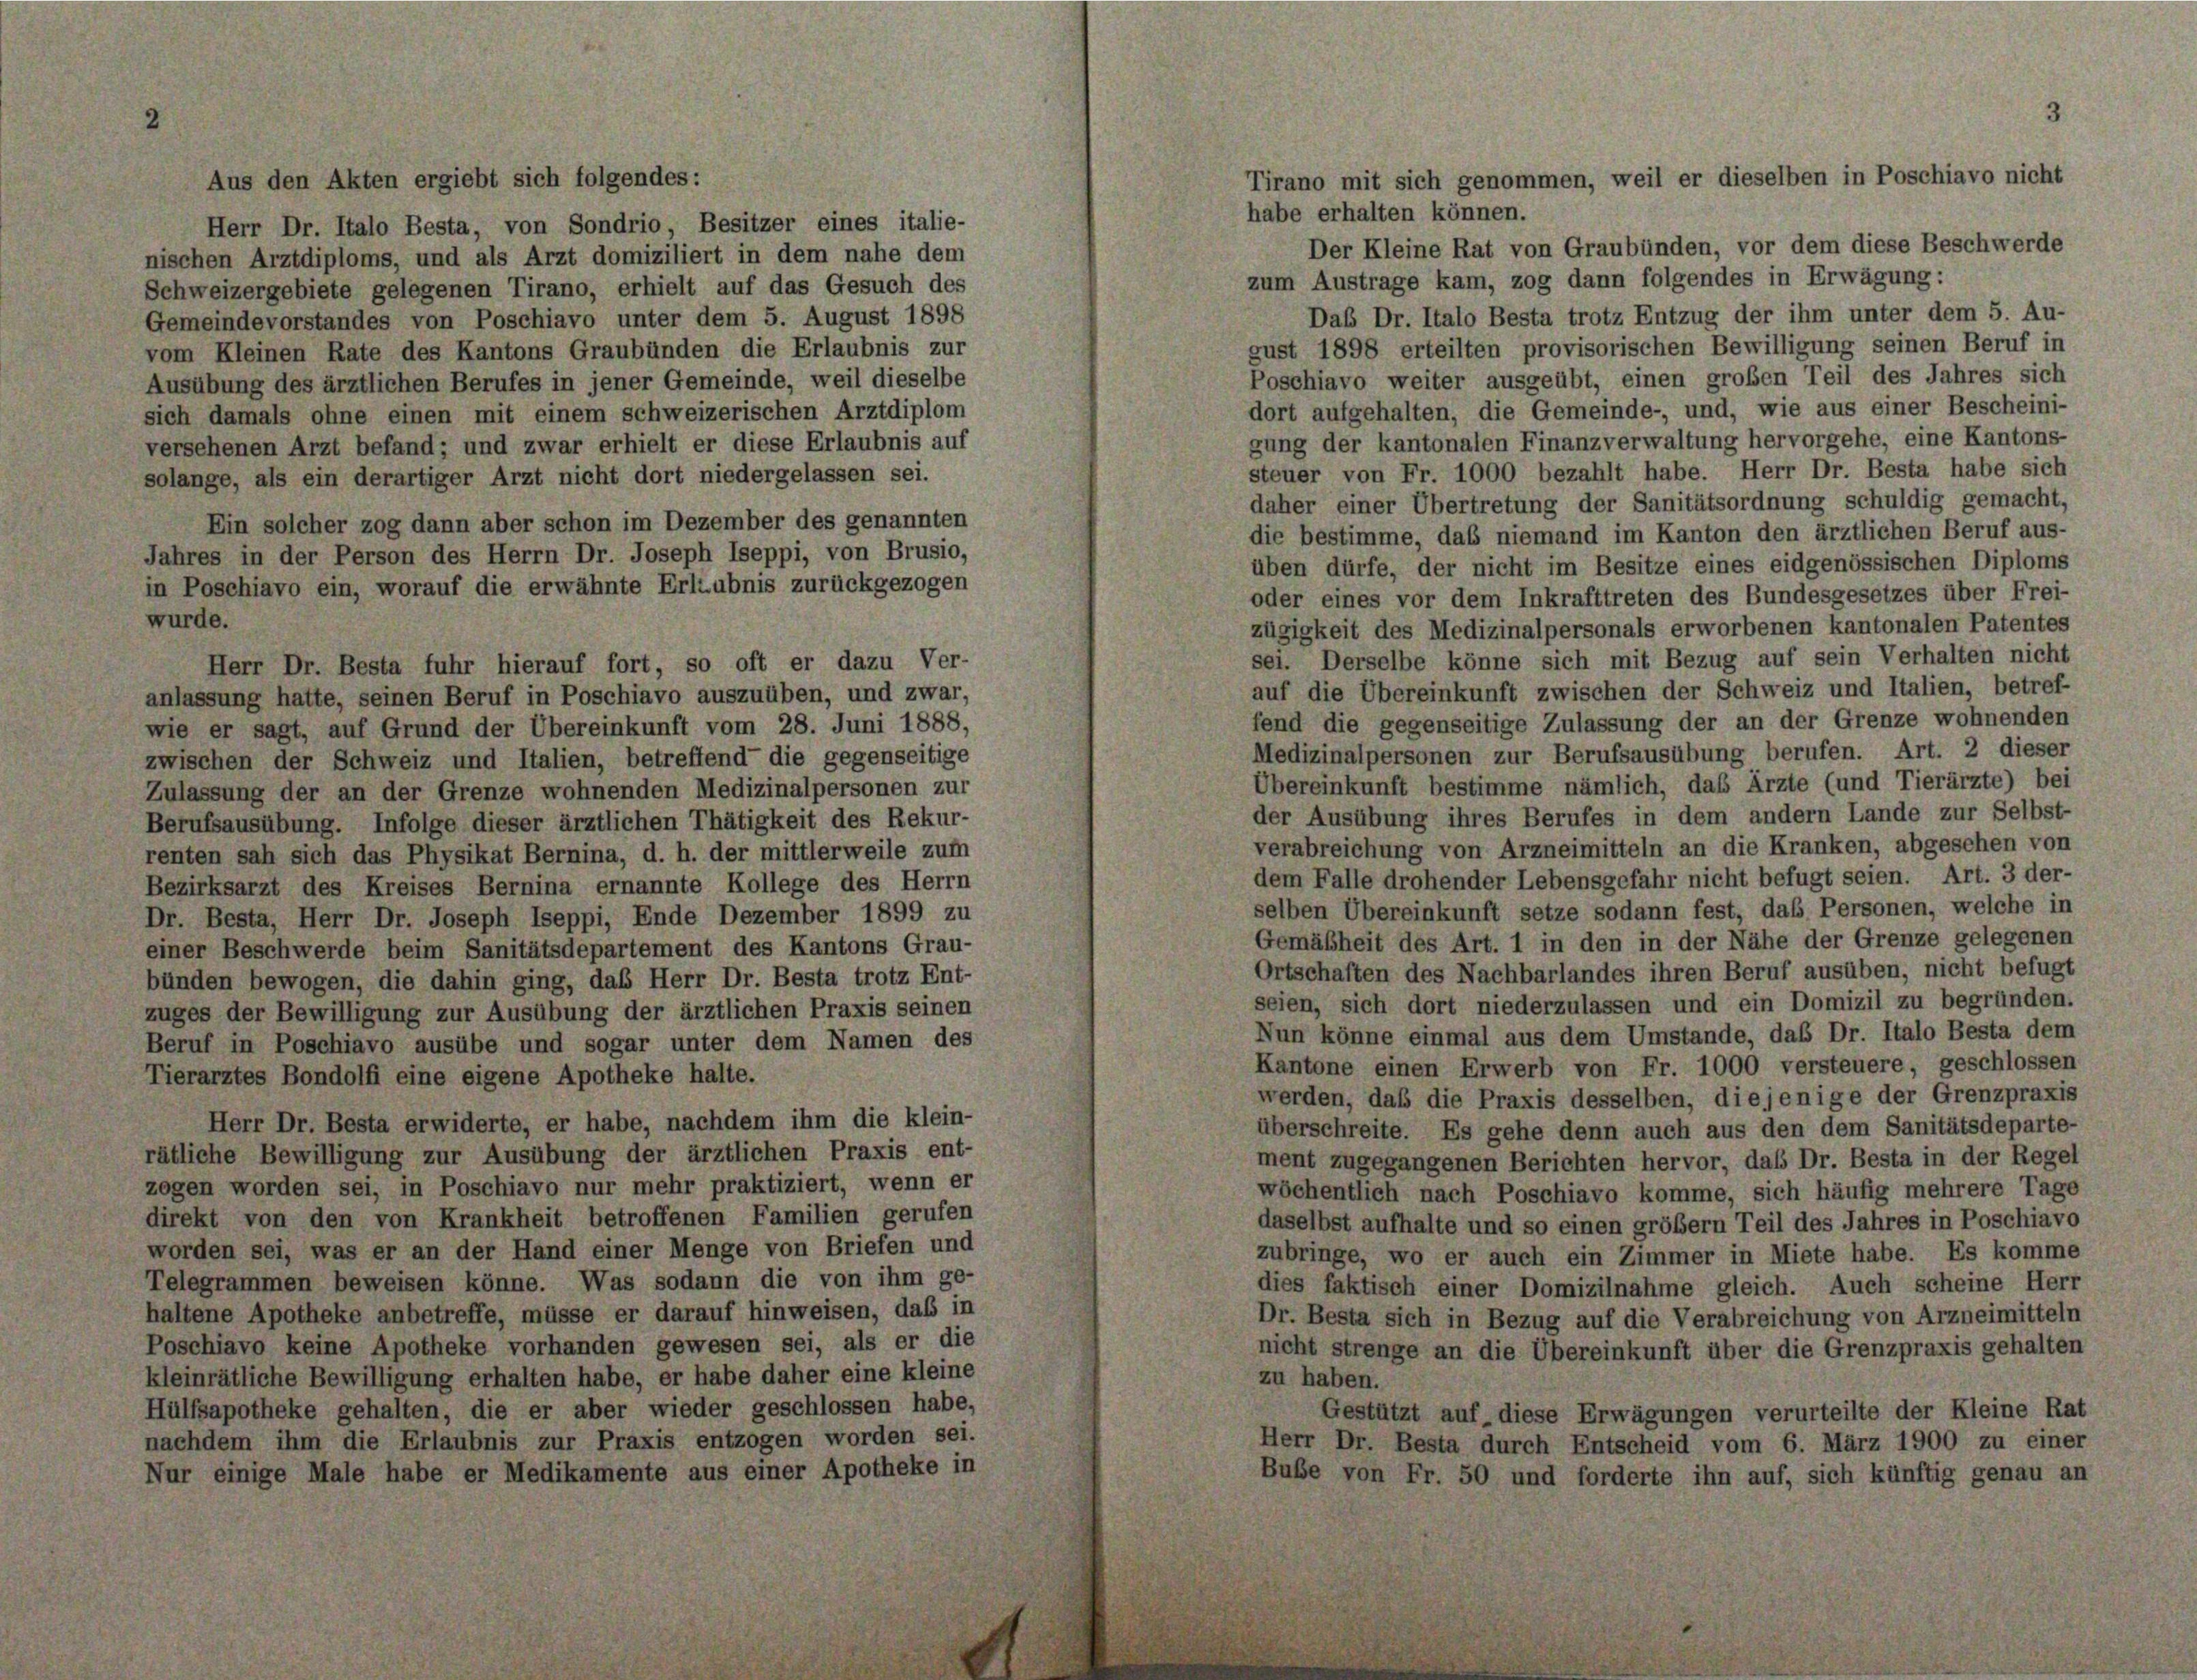
Aus den Akten ergiebt sich folgendes:
habe erhalten können.
Herr Dr. Italo Besta, von Sondrio Besitzer eines italie-
Der Kleine Rat von Graubünden, vor dem diese Beschwerde
nischen Arztdiploms, und als Arzt domiziliert in dem nahe dem
zum Austrage kam, zog dann folgendes in Erwägung:
Schweizergebiete gelegenen Tirano, erhielt auf das Gesuch des
Daß Dr. Italo Besta trotz Entzug der ihm unter dem 5. Au-
Gemeindevorstandes von Poschiavo unter dem 5. August 1898
gust 1898 erteilten provisorischen Bewilligung seinen Beruf in
vom Kleinen Rate des Kantons Graubünden die Erlaubnis zur
Poschiavo weiter ausgeübt, einen großen Teil des Jahres sich
Ausübung des ärztlichen Berufes in jener Gemeinde, weil dieselbe
dort aufgehalten, die Gemeinde-, und, wie aus einer Bescheini-
sich damals ohne einen mit einem schweizerischen Arztdiplom
gung der kantonalen Finanzverwaltung hervorgehe, eine Kantons-
versehenen Arzt befand; und zwar erhielt er diese Erlaubnis auf
steuer von Fr. 1000 bezahlt habe. Herr Dr. Besta habe sich
solange, als ein derartiger Arzt nicht dort niedergelassen sei.
daher einer Übertretung der Sanitätsordnung schuldig gemacht,
Ein solcher zog dann aber schon im Dezember des genannten
die bestimme, daß niemand im Kanton den ärztlichen Beruf aus-
Jahres in der Person des Herrn Dr. Joseph Iseppi, von Brusio,
üben dürfe, der nicht im Besitze eines eidgenössischen Diploms
in Poschiavo ein, worauf die erwähnte Erlaubnis zurückgezogen
oder eines vor dem Inkrafttreten des Bundesgesetzes über Frei-
wurde.
zügigkeit des Medizinalpersonals erworbenen kantonalen Patentes
sei. Derselbe könne sich mit Bezug auf sein Verhalten nicht
Herr Dr. Besta fuhr hierauf fort, so oft er dazu Ver-
auf die Übereinkunft zwischen der Schweiz und Italien, betref-
anlassung hatte, seinen Beruf in Poschiavo auszuüben, und zwar,
fend die gegenseitige Zulassung der an der Grenze wohnenden
wie er sagt, auf Grund der Übereinkunft vom 28. Juni 1888.
Medizinalpersonen zur Berufsausübung berufen. Art. 2 dieser
zwischen der Schweiz und Italien, betreffend die gegenseitige
Übereinkunft bestimme nämlich, das Ärzte (und Tierärzte) bei
Zulassung der an der Grenze wohnenden Medizinalpersonen zur
der Ausübung ihres Berufes in dem andern Lande zur Selbst-
Berufsausübung. Infolge dieser ärztlichen Thätigkeit des Rekur-
verabreichung von Arzneimitteln an die Kranken, abgesehen von
renten sah sich das Physikat Bernina, d. h. der mittlerweile zum
dem Falle drohender Lebensgefahr nicht befugt seien. Art. 3 der-
Bezirksarzt des Kreises Bernina ernannte Kollege des Herrn
selben Übereinkunft setze sodann fest, das Personen, welche in
Dr. Besta, Herr Dr. Joseph Iseppi, Ende Dezember 1899 zu
Gemäßheit des Art. 1 in den in der Nähe der Grenze gelegenen
einer Beschwerde beim Sanitätsdepartement des Kantons Grau-
Ortschaften des Nachbarlandes ihren Beruf ausüben, nicht befugt
bünden bewogen, die dahin ging, das Herr Dr. Besta trotz Ent-
seien, sich dort niederzulassen und ein Domizil zu begründen.
zuges der Bewilligung zur Ausübung der ärztlichen Praxis seinen
Nun könne einmal aus dem Umstände, das Dr. Italo Besta dem
Beruf in Poschiavo ausübe und sogar unter dem Namen des
Kantone einen Erwerb von Fr. 1000 versteuere, geschlossen
Tierarztes Bondolfi eine eigene Apotheke halte.
werden, daß die Praxis desselben, diejenige der Grenzpraxis
Herr Dr. Besta erwiderte, er habe, nachdem ihm die klein-
überschreite. Es gehe denn auch aus den dem Sanitätsdeparte-
rätliche Bewilligung zur Ausübung der ärztlichen Praxis ent-
ment zugegangenen Berichten hervor, daß Dr. Besta in der Regel
zogen worden sei, in Poschiavo nur mehr praktiziert, wenn er
wöchentlich nach Poschiavo komme, sich häufig mehrere Tage
direkt von den von Krankheit betroffenen Familien gerufen
daselbst aufhalte und so einen größer Teil des Jahres in Poschiavo
worden sei, was er an der Hand einer Menge von Briefen und
zubringe, wo er auch ein Zimmer in Miete habe. Es komme
Telegrammen beweisen könne. Was sodann die von ihm ge-
dies faktisch einer Domizilnahme gleich. Auch scheine Herr
haltene Apotheke anbetreffe, müsse er darauf hinweisen, daß in
Dr. Besta sich in Bezug auf die Verabreichung von Arzneimitteln
Poschiavo keine Apotheke vorhanden gewesen sei, als er die
nicht strenge an die Übereinkunft über die Grenzpraxis gehalten
kleinrätliche Bewilligung erhalten habe, er habe daher eine kleine
zu haben.
Hülfsapotheke gehalten, die er aber wieder geschlossen habe,
Gestützt auf diese Erwägungen verurteilte der Kleine Rat
nachdem ihm die Erlaubnis zur Praxis entzogen worden sei.
Herr Dr. Besta durch Entscheid vom 6. März 1900 zu einer
Nur einige Male habe er Medikamente aus einer Apotheke in
Buße von Fr. 50 und forderte ihn auf, sich künftig genau an

Tirano mit sich genommen, weil er dieselben in Poschiavo nicht